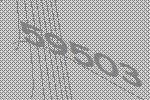
59503